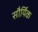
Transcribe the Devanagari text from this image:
सौर्यिक